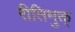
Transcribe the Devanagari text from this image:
रीतिमुक्त्